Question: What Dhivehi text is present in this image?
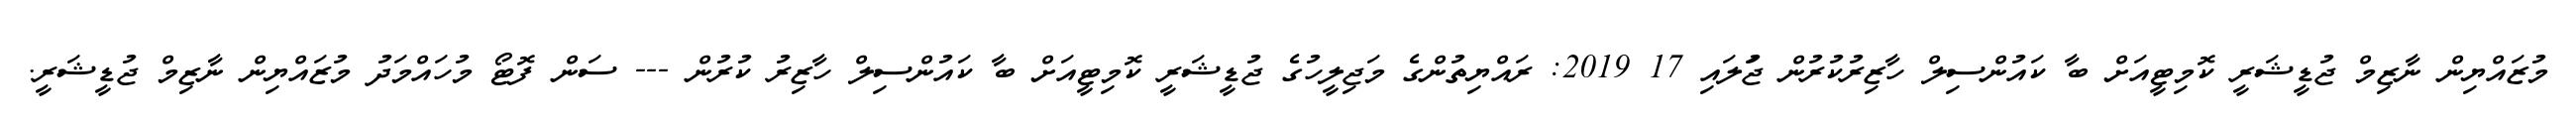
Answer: މުޒައްޔިން ނާޒިމް ޖުޑީޝަރީ ކޮމިޓީއަށް ބާ ކައުންސިލް ހާޒިރުކުރުން ޖުަލައި 17 2019: ރައްޔިތުންގެ މަޖިލީހުގެ ޖުޑީޝަރީ ކޮމިޓީއަށް ބާ ކައުންސިލް ހާޒިރު ކުރުން --- ސަން ފޮޓޯ މުހައްމަދު މުޒައްޔިން ނާޒިމް ޖުޑީޝަރީ.